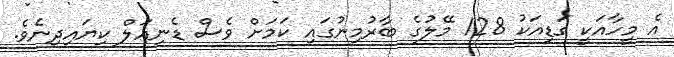
އެ މީހާއަކީ ގަޑިއަކު 128 މޭލުގެ ބާރުމިނުގައި ކަމަށް ވެސް ޑެނިއަލް ކިޔައިދިނެވެ.